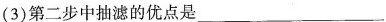
(3)第二步中抽滤的优点是___